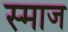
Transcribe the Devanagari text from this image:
स्माज